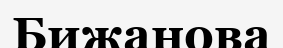
Бижанова